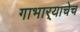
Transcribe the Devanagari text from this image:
गाभार्‍याचेच